Annual statistical returns and brief notes on vaccination in Bengal - 1909-1929
Year: 1909
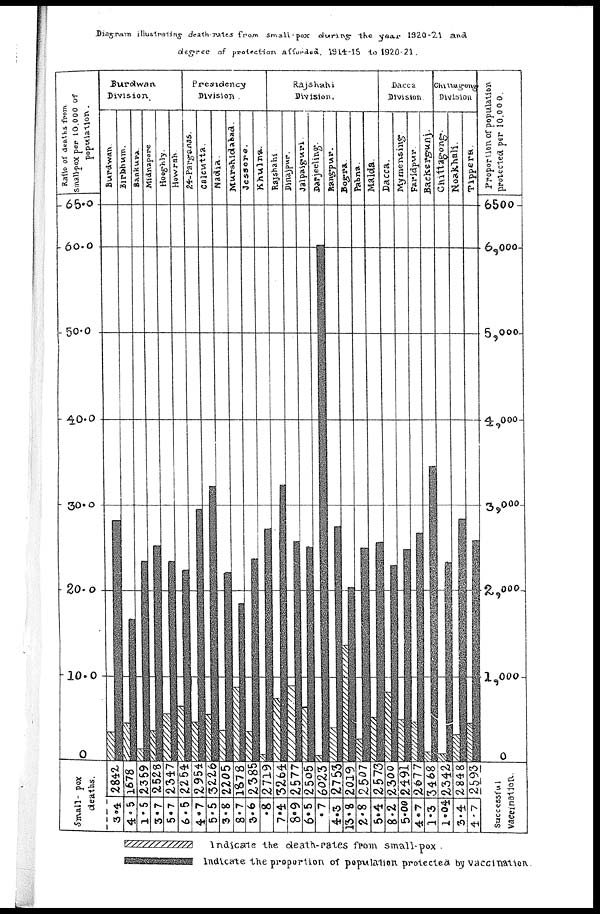
Diagram illustrating death-rates from small-pox during the year 1920-21 and
degree of protection afforded, 1914-15 to 1920-21.